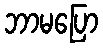
ဘာမပြော